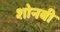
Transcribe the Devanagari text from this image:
शोनबी